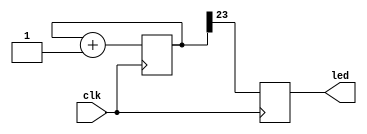
module blinks(clk,led);

input clk;
output reg led;
reg[23:0] cnt;

always @ (posedge clk) begin
cnt<=cnt+1 'b1;
led<=cnt[23];

end

endmodule